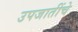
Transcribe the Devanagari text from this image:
उपजातींचे